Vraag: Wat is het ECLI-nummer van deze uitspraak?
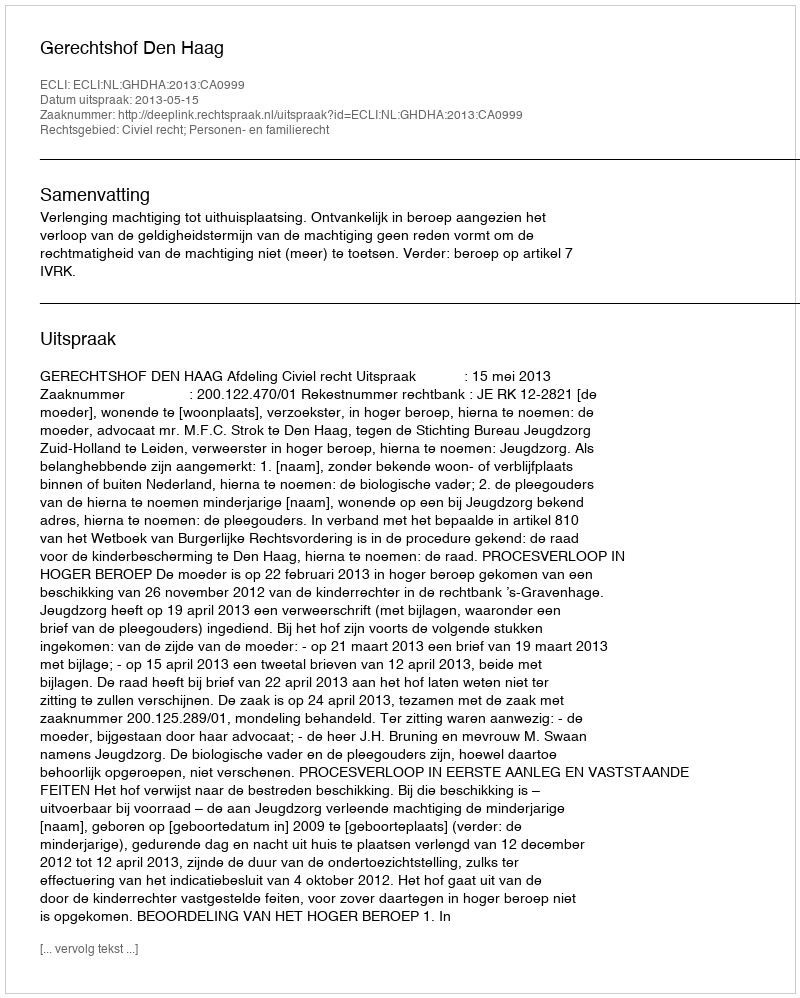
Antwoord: ECLI:NL:GHDHA:2013:CA0999